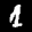
Label: 1